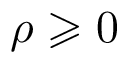
\rho \geqslant 0